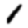
Digit: 1